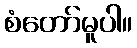
စံတော်မူပါ။